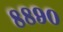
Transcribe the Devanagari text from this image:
८८९०